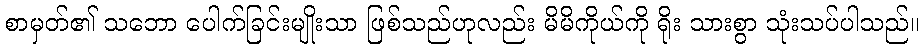
စာမှတ်၏ သဘော ပေါက်ခြင်းမျိုးသာ ဖြစ်သည်ဟုလည်း မိမိကိုယ်ကို ရိုး သားစွာ သုံးသပ်ပါသည်။